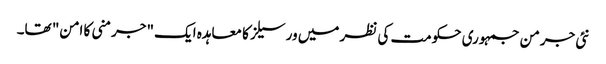
نئی جرمن جمہوری حکومت کی نظر میں ورسیلز کا معاہدہ ایک "جرمنی کا امن" تھا۔